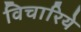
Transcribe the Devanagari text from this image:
विचारिये